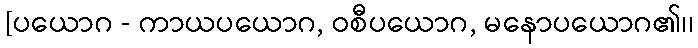
[ပယောဂ - ကာယပယောဂ, ဝစီပယောဂ, မနောပယောဂ၏၊၊